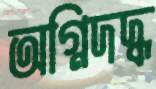
অগ্নিদদ্ধ